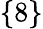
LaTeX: \{ 8\}